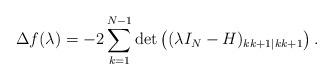
LaTeX: \begin{align*}\Delta f(\lambda)=-2\sum_{k=1}^{N-1}\det\left((\lambda I_N-H)_{kk+1|kk+1}\right).\end{align*}